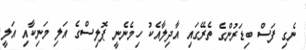
ނެގި ފަސް ބިޑަރުންގެ ތެރޭގައި އާދިލާއެކު ހިމެނެނީ ޕޮލިސްގެ އަލި މަނިކާއި އަލީ